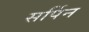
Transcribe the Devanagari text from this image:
सर्पिन